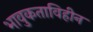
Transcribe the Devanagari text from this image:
भावुकताविहीन